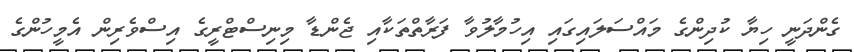
ގެންދަނީ ހިޔާ ކުދިންގެ މައްސަލައިގައި އިހުމާލުވާ ފަރާތްތަކާއި ޖެންޑާ މިނިސްޓްރީގެ އިސްވެރިން އެމީހުންގެ